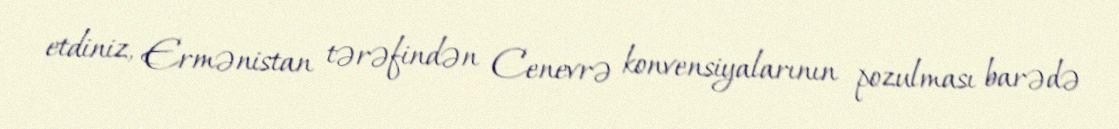
etdiniz, Ermənistan tərəfindən Cenevrə konvensiyalarının pozulması barədə